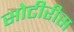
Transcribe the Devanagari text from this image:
सोटीरीस